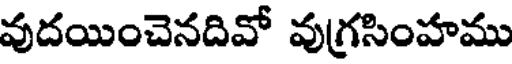
వుదయించెనదివో వుగ్రసింహము